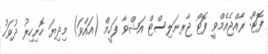
ފޮޓޯ: ރާއްޖެއެމްވީ ފޮޓޯ ޖާރނަލިސްޓް އަޝްވާ ފަހީމް (އައްވަ) މިދިޔަ ހޮނިހިރު ދުވަހު